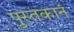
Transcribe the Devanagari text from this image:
पुस्तकानं